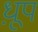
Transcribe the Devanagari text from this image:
ध़ूप